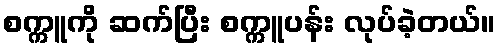
စက္ကူကို ဆက်ပြီး စက္ကူပန်း လုပ်ခဲ့တယ်။